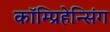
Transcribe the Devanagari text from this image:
कॉम्प्रिहेन्सिंग